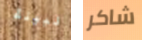
نبيلة شاكر